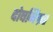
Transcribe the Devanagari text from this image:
दोषनिग्रह